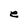
Character: e